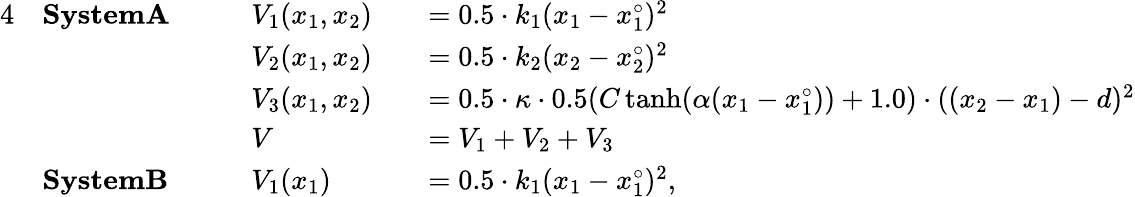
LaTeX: \begin{array}{rlrlrl}{{4}}&{\textbf{SystemA}\: \: \: \: }&&{V_{1}(x_{1},x_{2})}&&{=0.5\cdot k_{1}(x_{1}-x_{1}^{\circ})^{2}}\\ &{}&&{V_{2}(x_{1},x_{2})}&&{=0.5\cdot k_{2}(x_{2}-x_{2}^{\circ})^{2}}\\ &{}&&{V_{3}(x_{1},x_{2})}&&{=0.5\cdot\kappa\cdot 0.5(C\operatorname{tanh}(\alpha(x_{1}-x_{1}^{\circ}))+1.0)\cdot((x_{2}-x_{1})-d)^{2}}\\ &{}&&{V}&&{=V_{1}+V_{2}+V_{3}}\\ &{\textbf{SystemB}}&&{V_{1}(x_{1})}&&{=0.5\cdot k_{1}(x_{1}-x_{1}^{\circ})^{2},}\end{array}